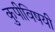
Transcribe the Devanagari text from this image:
कुपीविषयी